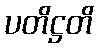
ပတိဋ္ဌတိ